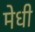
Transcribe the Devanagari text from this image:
मेधी